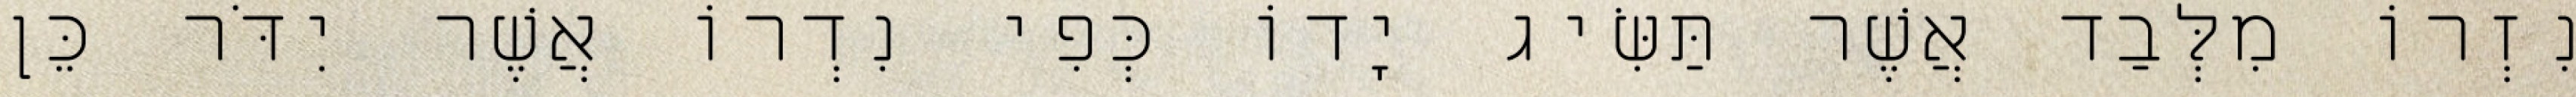
נִזְרוֹ מִלְּבַד אֲשֶׁר תַּשִּׂיג יָדוֹ כְּפִי נִדְרוֹ אֲשֶׁר יִדֹּר כֵּן